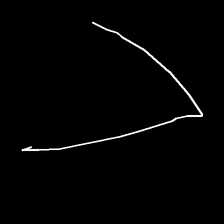
Glyph: region